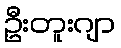
ဦးတူးဂျာ